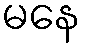
မနေ